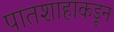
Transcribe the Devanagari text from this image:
पातशाहाकडून